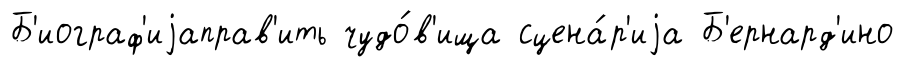
Б'иограф'иjаправ'ить чудо́в'ища сцена́р'иjа Б'ернард'ино